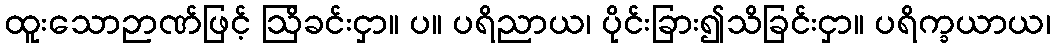
ထူးသောဉာဏ်ဖြင့် ဩိခင်းငှာ။ ပ။ ပရိညာယ၊ ပိုင်းခြား၍သိခြင်းငှာ။ ပရိက္ခယာယ၊